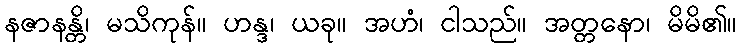
နဇာနန္တိ၊ မသိကုန်။ ဟန္ဒ၊ ယခု။ အဟံ၊ ငါသည်။ အတ္တနော၊ မိမိ၏။